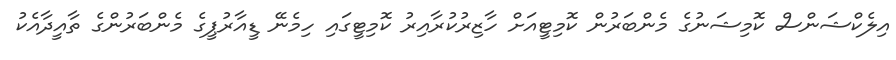
އިލެކްޝަންސް ކޮމިޝަނުގެ މެންބަރުން ކޮމިޓީއަށް ހާޒިރުކުރާއިރު ކޮމިޓީގައި ހިމެނޭ ޑީއާރުޕީގެ މެންބަރުންގެ ތާއީދާއެކު